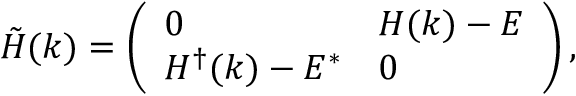
\begin{array} { r } { \tilde { H } ( k ) = \left( \begin{array} { l l } { 0 } & { H ( k ) - E } \\ { H ^ { \dagger } ( k ) - E ^ { * } } & { 0 } \end{array} \right) , } \end{array}